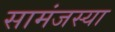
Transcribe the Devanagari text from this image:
सामंजस्या